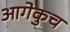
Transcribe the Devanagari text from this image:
आगेकुच